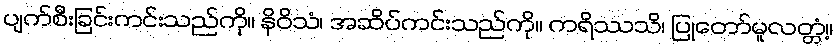
ပျက်စီးခြင်းကင်းသည်ကို။ နိဝိသံ၊ အဆိပ်ကင်းသည်ကို။ ကရိဿသိ၊ ပြုတော်မူလတ္တံ့။